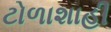
ટોળાશાહી